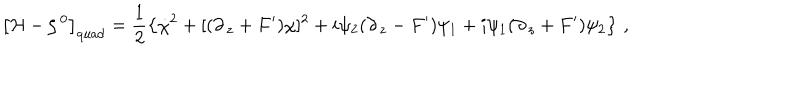
LaTeX: \left[ { \cal H } - \zeta ^ { \, 0 } \right] _ { \mathrm { q u a d } } = \frac { 1 } { 2 } \left\{ \dot { \chi } ^ { 2 } + [ ( \partial _ { \, z } + F ^ { \prime } ) \chi ] ^ { 2 } + i \psi _ { 2 } ( \partial _ { \, z } - F ^ { \prime } ) \psi _ { 1 } + i \psi _ { 1 } ( \partial _ { \, z } + F ^ { \prime } ) \psi _ { 2 } \right\} \, ,